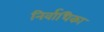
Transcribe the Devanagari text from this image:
निर्वाधिका